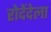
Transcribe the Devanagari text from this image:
रोदेंदेला